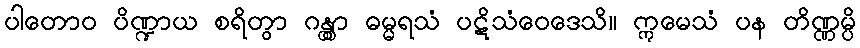
ပါတောဝ ပိဏ္ဍာယ စရိတွာ ဂန္တွာ ဓမ္မရသံ ပဋိသံဝေဒေသိ။ ဣမေသံ ပန တိဏ္ဏမ္ပိ